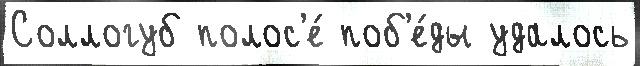
Соллогуб полос'е́ поб'е́ды удалось